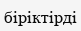
біріктірді